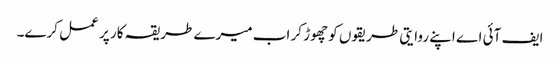
ایف آئی اے اپنے روایتی طریقوں کو چھوڑ کر اب میرے طریقہ کار پر عمل کرے۔